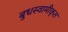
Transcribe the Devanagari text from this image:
बुधस्वामीकृत